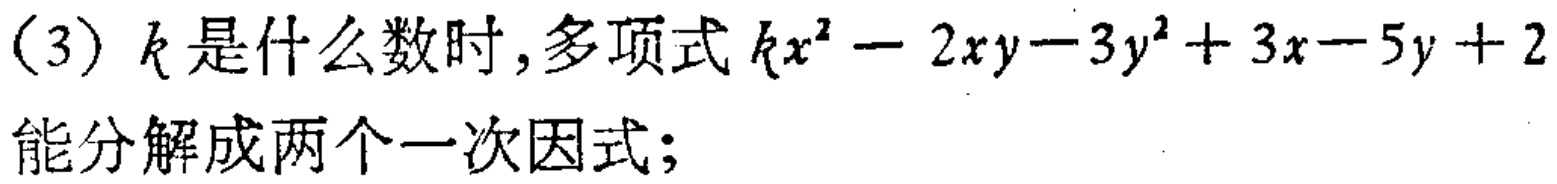
(3) \(k\)是什么数时,多项式\(kx^{2}-2xy - 3y^{2}+3x - 5y + 2\)能分解成两个一次因式;